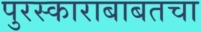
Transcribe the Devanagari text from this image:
पुरस्काराबाबतचा